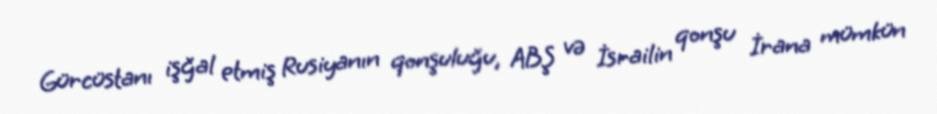
Gürcüstanı işğal etmiş Rusiyanın qonşuluğu, ABŞ və İsrailin qonşu İrana mümkün